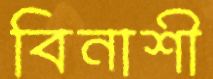
বিনাশী